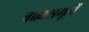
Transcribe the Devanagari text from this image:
बाह्यसमूहों